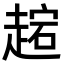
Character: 趤